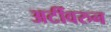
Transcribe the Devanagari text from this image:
अटींवरुन